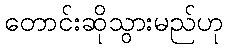
တောင်းဆိုသွားမည်ဟု